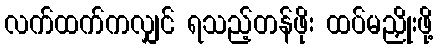
လက်ထက်ကလျှင် ရသည့်တန်ဖိုး ထပ်မညှိုးဖို့